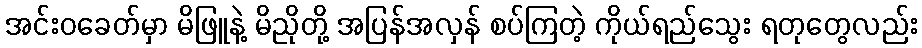
အင်းဝခေတ်မှာ မိဖြူနဲ့ မိညိုတို့ အပြန်အလှန် စပ်ကြတဲ့ ကိုယ်ရည်သွေး ရတုတွေလည်း